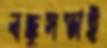
বন্ধুসভাই